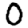
Digit: 0